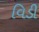
વિડી